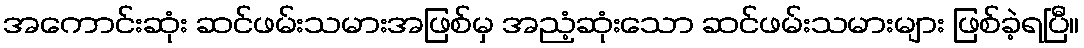
အကောင်းဆုံး ဆင်ဖမ်းသမားအဖြစ်မှ အညံ့ဆုံးသော ဆင်ဖမ်းသမားများ ဖြစ်ခဲ့ရပြီ။